Newspaper: Watertown republican. [volume]
Place of publication: Watertown, Wis.
Publisher: J.W. Lawton
Date: 1885-05-27 00:00:00
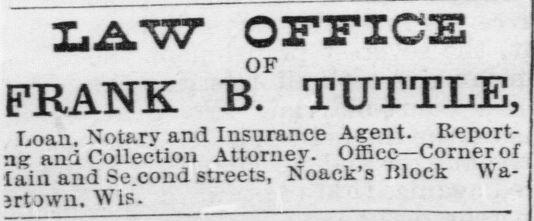
Advertisement text (OCR):
I.A.W OFFICE OF FRANK B. TUTTLE, Loan. Notarv and Insurance Agent. Report ng and Collection Attorney. Office—Corner of lain and Se.cond streets, Noack’s Block Wa jrtown. Wis.
Label: text-only